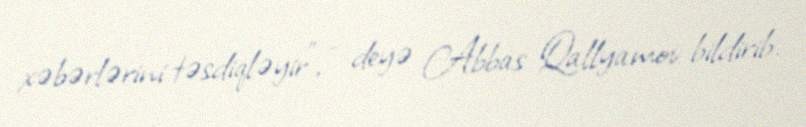
xəbərlərini təsdiqləyir”, - deyə Abbas Qallyamov bildirib.